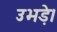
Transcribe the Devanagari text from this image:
उभड़े।